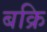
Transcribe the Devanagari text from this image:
बक्रि